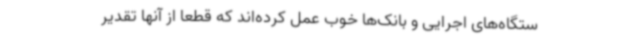
ستگاه‌های اجرایی و بانک‌ها خوب عمل کرده‌اند که قطعا از آنها تقدیر